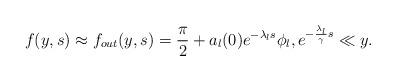
LaTeX: \begin{align*} f(y,s)\approx f_{out}(y,s)=\frac{\pi}{2}+a_{l}(0)e^{-\lambda_{l}s}\phi_{l},e^{-\frac{\lambda_{l}}{\gamma} s}\ll y.\end{align*}